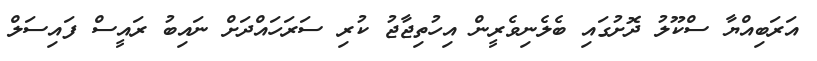
އަރަބިއްޔާ ސްކޫލު ދޮށުގައި ބެލެނިވެރީން އިހުތިޖާޖު ކުރި ސަރަހައްދަށް ނައިބު ރައީސް ފައިސަލް